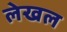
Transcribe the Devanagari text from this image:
लेखल